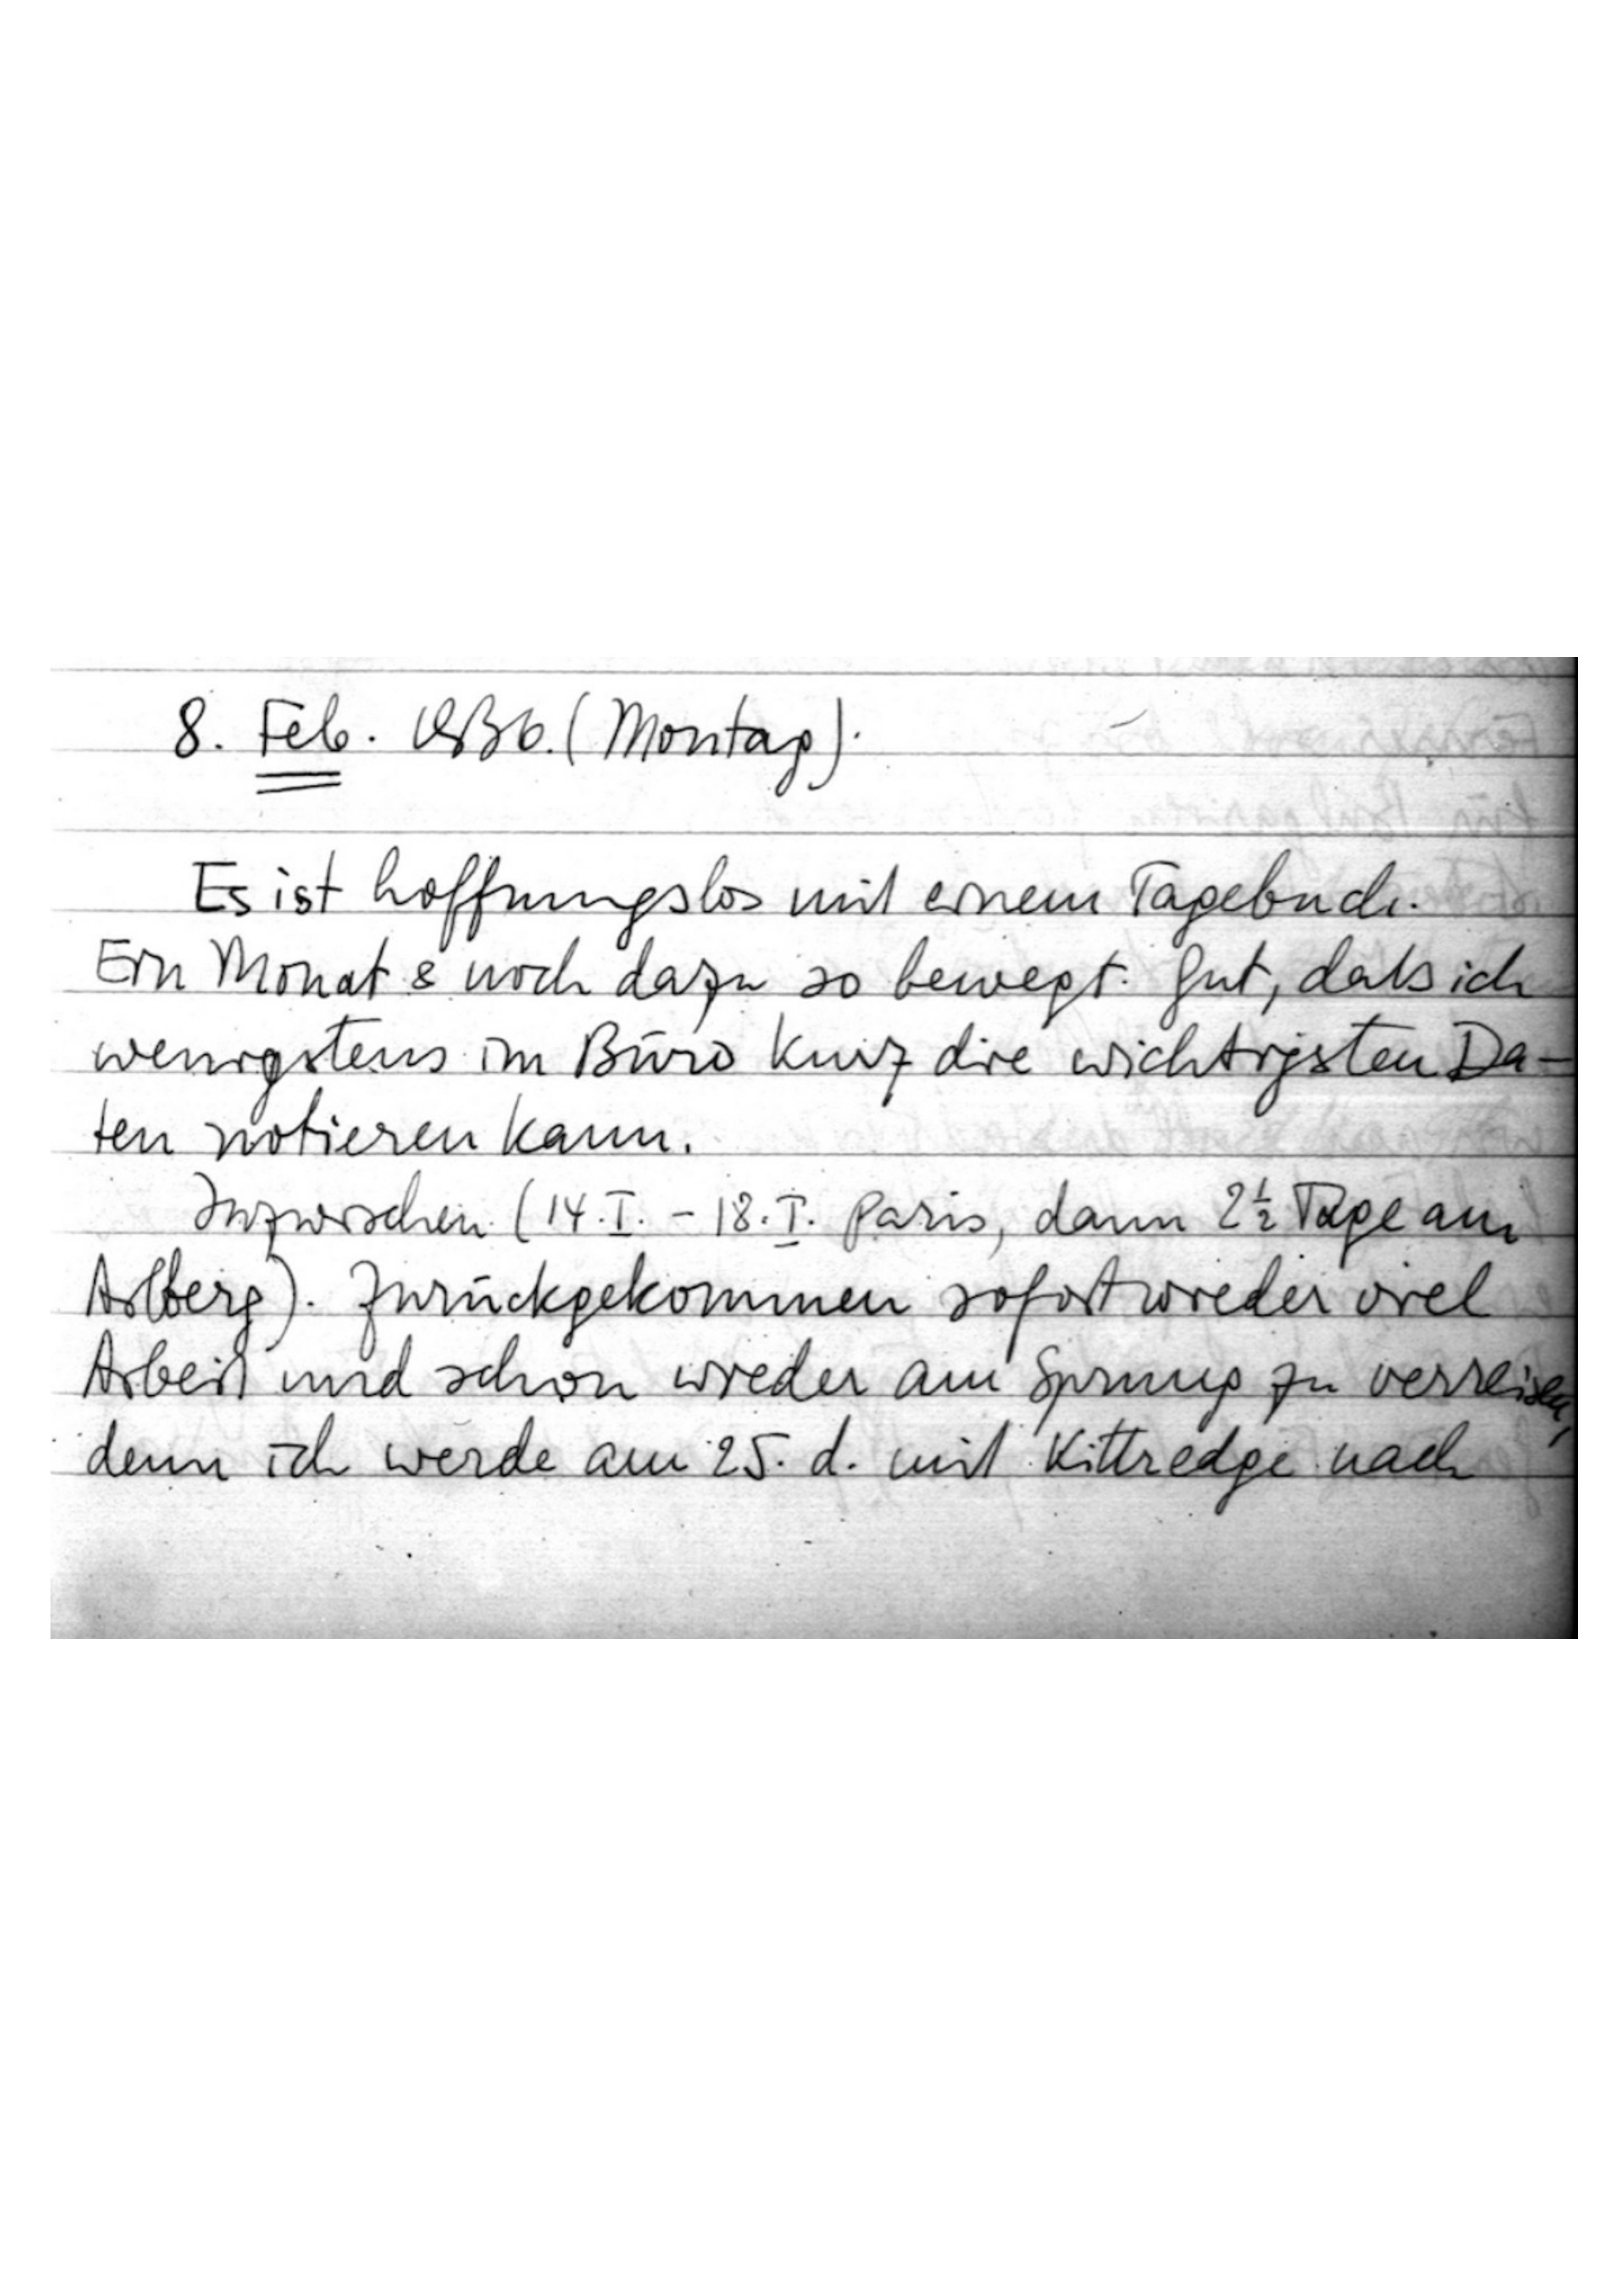
8. Feb. 1936. (Montag)
Es ist hoffnungslos mit einem Tagebuch.
Ein Monat & noch dazu so bewegt. Gut, daß ich
wenigstens im Büro kurz die wichtigsten Da-
ten notieren kann.
Inzwischen (14. I. – 18. I. Paris, dann 2 1/2 Tage am
Arlberg). Zurückgekommen sofort wieder viel
Arbeit und schon wieder am Sprung zu verreisen,
denn ich werde am 25. d. mit Kittredge nach